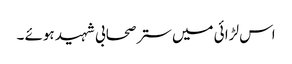
اس لڑا ئی میں ستر صحابی شہید ہوئے ۔